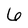
Character: 6